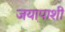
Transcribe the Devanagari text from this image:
जयापाशीं